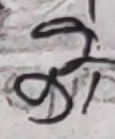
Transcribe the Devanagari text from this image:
को